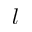
l